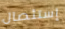
إستئصال